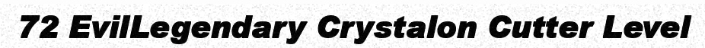
72 EvilLegendary Crystalon Cutter Level